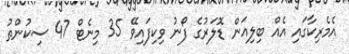
އެމެރިކާގައި އެއް ބިލިއަން ޑޮލަރުގެ ފޯނު ވިކިފައިވޭ 35 މިނެޓް 47 ސިކުންތު